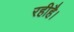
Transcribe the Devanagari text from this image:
रहीहै।